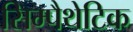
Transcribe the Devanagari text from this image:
सिम्पैथेटिक